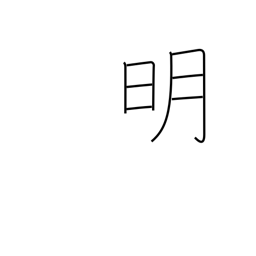
Meaning: light